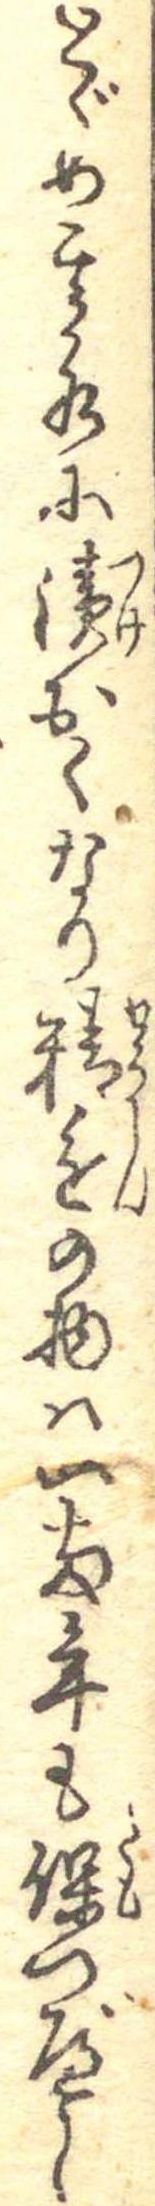
とゞめ其水に漬おくなり精進の物は一両年も保つべし